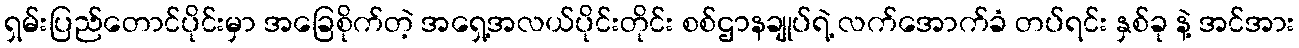
ရှမ်းပြည်တောင်ပိုင်းမှာ အခြေစိုက်တဲ့ အရှေ့အလယ်ပိုင်းတိုင်း စစ်ဌာနချုပ်ရဲ့ လက်အောက်ခံ တပ်ရင်း နှစ်ခု နဲ့ အင်အား